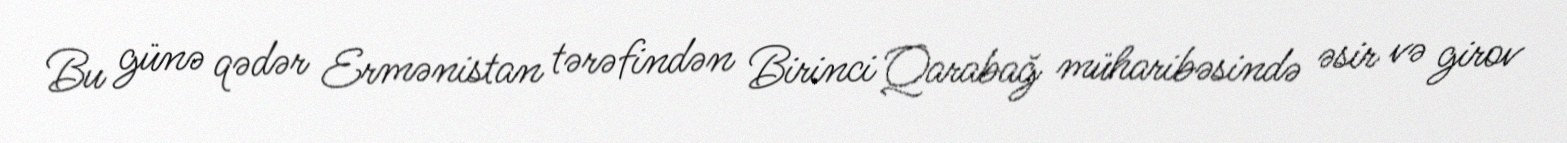
Bu günə qədər Ermənistan tərəfindən Birinci Qarabağ müharibəsində əsir və girov